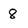
Character: 8